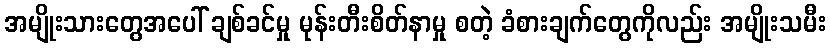
အမျိုးသားတွေအပေါ် ချစ်ခင်မှု မုန်းတီးစိတ်နာမှု စတဲ့ ခံစားချက်တွေကိုလည်း အမျိုးသမီး